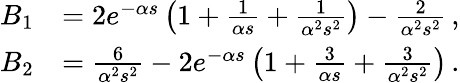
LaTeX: \begin{array}{rl}{B_{1}}&{=2e^{-\alpha s}\left(1+\frac{1}{\alpha s}+\frac{1}{\alpha^{2}s^{2}}\right)-\frac{2}{\alpha^{2}s^{2}}\, ,}\\ {B_{2}}&{=\frac{6}{\alpha^{2}s^{2}}-2e^{-\alpha s}\left(1+\frac{3}{\alpha s}+\frac{3}{\alpha^{2}s^{2}}\right)\, .}\end{array}